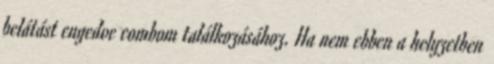
belátást engedve combom találkozásához. Ha nem ebben a helyzetben